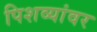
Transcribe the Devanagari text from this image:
पिशव्यांवर